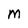
Character: M